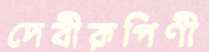
দেবীরূপিণী